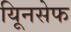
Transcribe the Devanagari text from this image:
यूिनसेफ